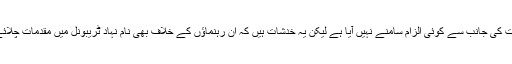
اگرچہ حکومت کی جانب سے کوئی الزام سامنے نہیں آیا ہے لیکن یہ خدشات ہیں کہ ان رہنماؤں کے خلاف بھی نام نہاد ٹریبونل میں مقدمات چلائے جائیں گے۔